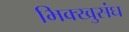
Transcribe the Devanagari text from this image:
भिक्खुसंघ